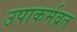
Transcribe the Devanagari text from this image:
उपाकर्मव्रत